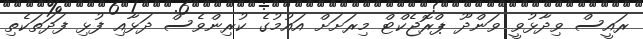
ރައީސް ވިދާޅުވީ ވަންދޫ ޕްރޮޖެކްޓް މިރަށަށް އައުމުގެ ކުރިންވެސް ދަޅާއި ފުޅި ފަދަތަކެތި